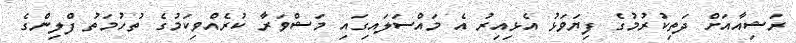
ރަޝިއާއަށް ދަތިކުރުމުގެ ފިޔަވަޅު އެޅިއިރު އެ މައްސަލައިގައި މަޝްވަރާ ކުރެއްވިކަމުގެ ތުހުމަތު ފްލިންގެ